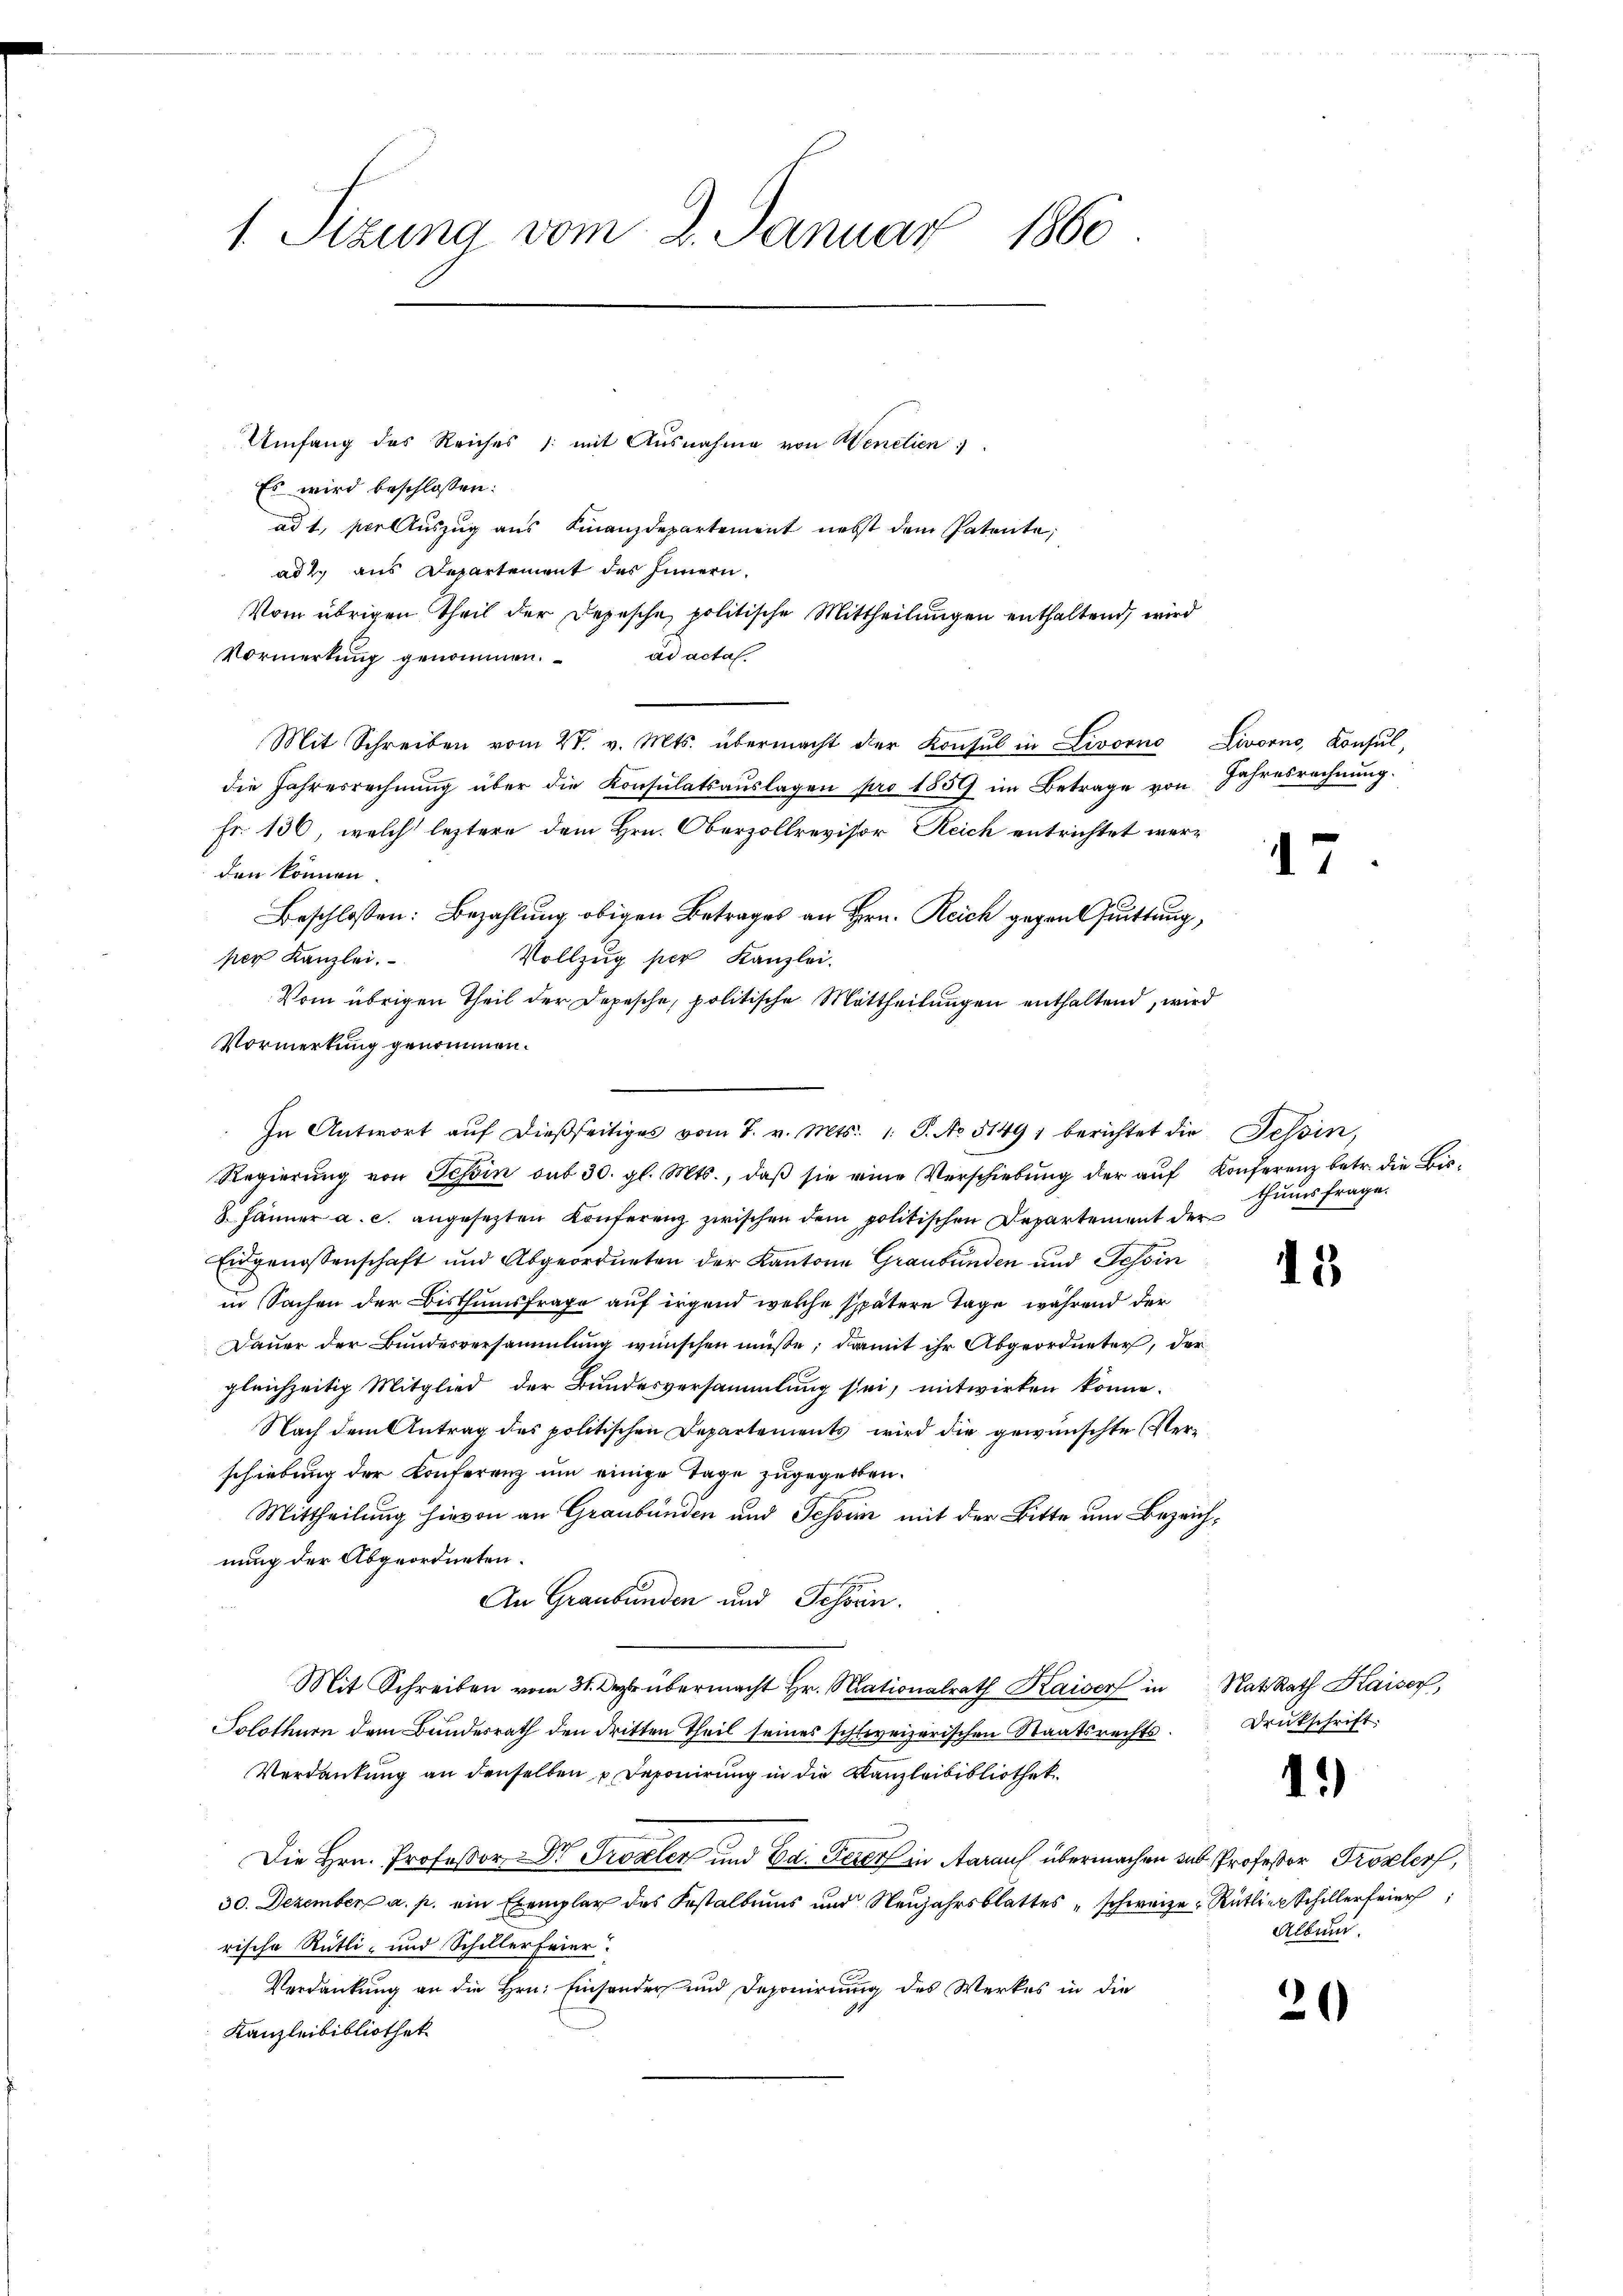
1 Sizung vom 2. Januar 1860

Umfang des Reiches /: mit Ausnahme von Wenetien
Es wird beschlossen:
adt, vor Auszug aus Finanzdepartement nebst dem Patente,
ad 2. aus Departement des Innern.
Vom übrigen Theil der Depesche politische Mittheilungen enthaltend, wird
Vormerkung genommen.
ad actal.
Mit Schreiben vom 27. v. Mts. übermacht der Konsul in Livorno Livorno, Konsul,
die Jahresrechnung über die Konsulatsaŭslagen pro 1859 im Betrage von Jahresrechnung.
Fr. 136, welch’ letztere dem Hrn. Oberzollrevisor Reich entrichtet werden können.
Beschlossen: Bezahlung obigen Betrages an Hrn. Reich gegen Grüttung,
pier Kanzlei.
Vollzug per Kanzlei.
Vom übrigen Theil der Depesche, politische Mittheilungen enthaltend, wird
Vormerkung genommen.
In Antwort aŭf dießseitiges vom 7. v. Mts. 1. P. No 51491 berichtet die Tessin,
Regierŭng von Tessin aus 30. gl. Mts., daβ sie eine Verschiebŭng der aŭf Konferenz betr. die Bis¬
8. Jänner a. c. angesezten Konferenz zwischen dem politischen Departement der
Eidgenossenschaft und Abgeordneten der Kantone Graubünden und Tessin
in Sachen der Bisthumsfrage auf irgend welche spätere Tage während der
Dauer der Bundesversammlung wünschen müße; damit ihr Abgeordneter, der
gleichzeitig Mitglied der Bundesversammlung sei, mitwirken könne.
Nach dem Antrag des politischen Departements wird die gewünschte Verschiebung der Konferenz um einige Tage zugegeben.
Mittheilung hievon an Graubünden und Tessin mit der Bitte um Bezeichnung der Abgeordneten.
An Graubünden und Schörn.
Mit Schreiben vom 31. Dezbr übermacht Hr. Mationalrath Kaiser in Rat Rath Kaiser,
Solothurn dem Bundesrath den dritten Theil seines schweizerischen Staatsrechts¬
Verdankung an denselben u. Deponirung in die Kanzleibibliothek
Die Hrn. Professor Dr. Probler und Ed. Feier in Aarauf übermachen das Professor Tropeler,
30. Dezember a. p. ein Exemplar des Festaltung und Neujahrsblattes schweize Rüttier Schillerfeier
rische Rütli- und Schillerfeier.
Verdankung an die Hrn. Einsonder und Deponirung des Werkes in die
Kanzleibibliothek

1

thums frage.

15

Druckschrift

1.)

Albund.

20